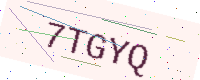
Text: 7TGYQ